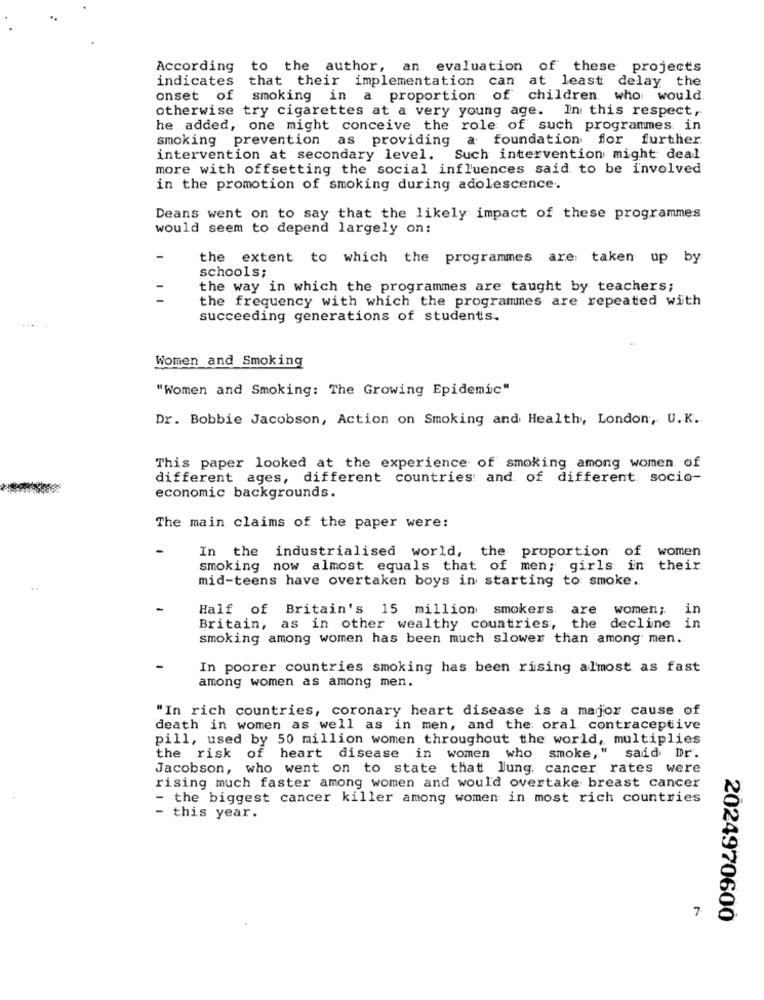
According to the author, an evaluation of these projects
indicates that their implementation can at least delay the
onset of smoking in a proportion of children who would
otherwise try cigarettes at a very young age. In this respect,
he added, one might conceive the role of such programmes in
smoking prevention as providing a foundation for further.
intervention at secondary level. Such intervention might deal
more with offsetting the social influences said to be involved
in the promotion of smoking during adolescence.
Deans went on to say that the likely impact of these programmes
would seem to depend largely on:
-
the extent to which the programmes are: taken up by
schools;
the way in which the programmes are taught by teachers;
the frequency with which the programmes are repeated with
succeeding generations of students.
Women and Smoking
"Women and Smoking: The Growing Epidemic"
Dr. Bobbie Jacobson, Action on Smoking and Health, London, U. K.
This paper looked at the experience of smoking among women of
different ages, different countries and of different socio-
economic backgrounds.
The main claims of the paper were:
In the industrialised world, the proportion of women
smoking now almost equals that of men; girls in their
mid-teens have overtaken boys in starting to smoke.
Half of Britain's 15 million smokers are women;
in
Britain, as in other wealthy countries, the decline i
smoking among women has been much slower than among men.
In poorer countries smoking has been rising almost as fast
among women as among men.
"In rich countries, coronary heart disease is a major cause of
death in women as well as in men, and the: oral contraceptive
pill, used by 50 million women throughout the world, multiplies
the risk of heart disease in women who smoke," said Dr.
Jacobson, who went on to state that lung cancer rates were
rising much faster among women and would overtake breast cancer
- the biggest cancer killer among women in most rich countries
- this year.
7
2024970600